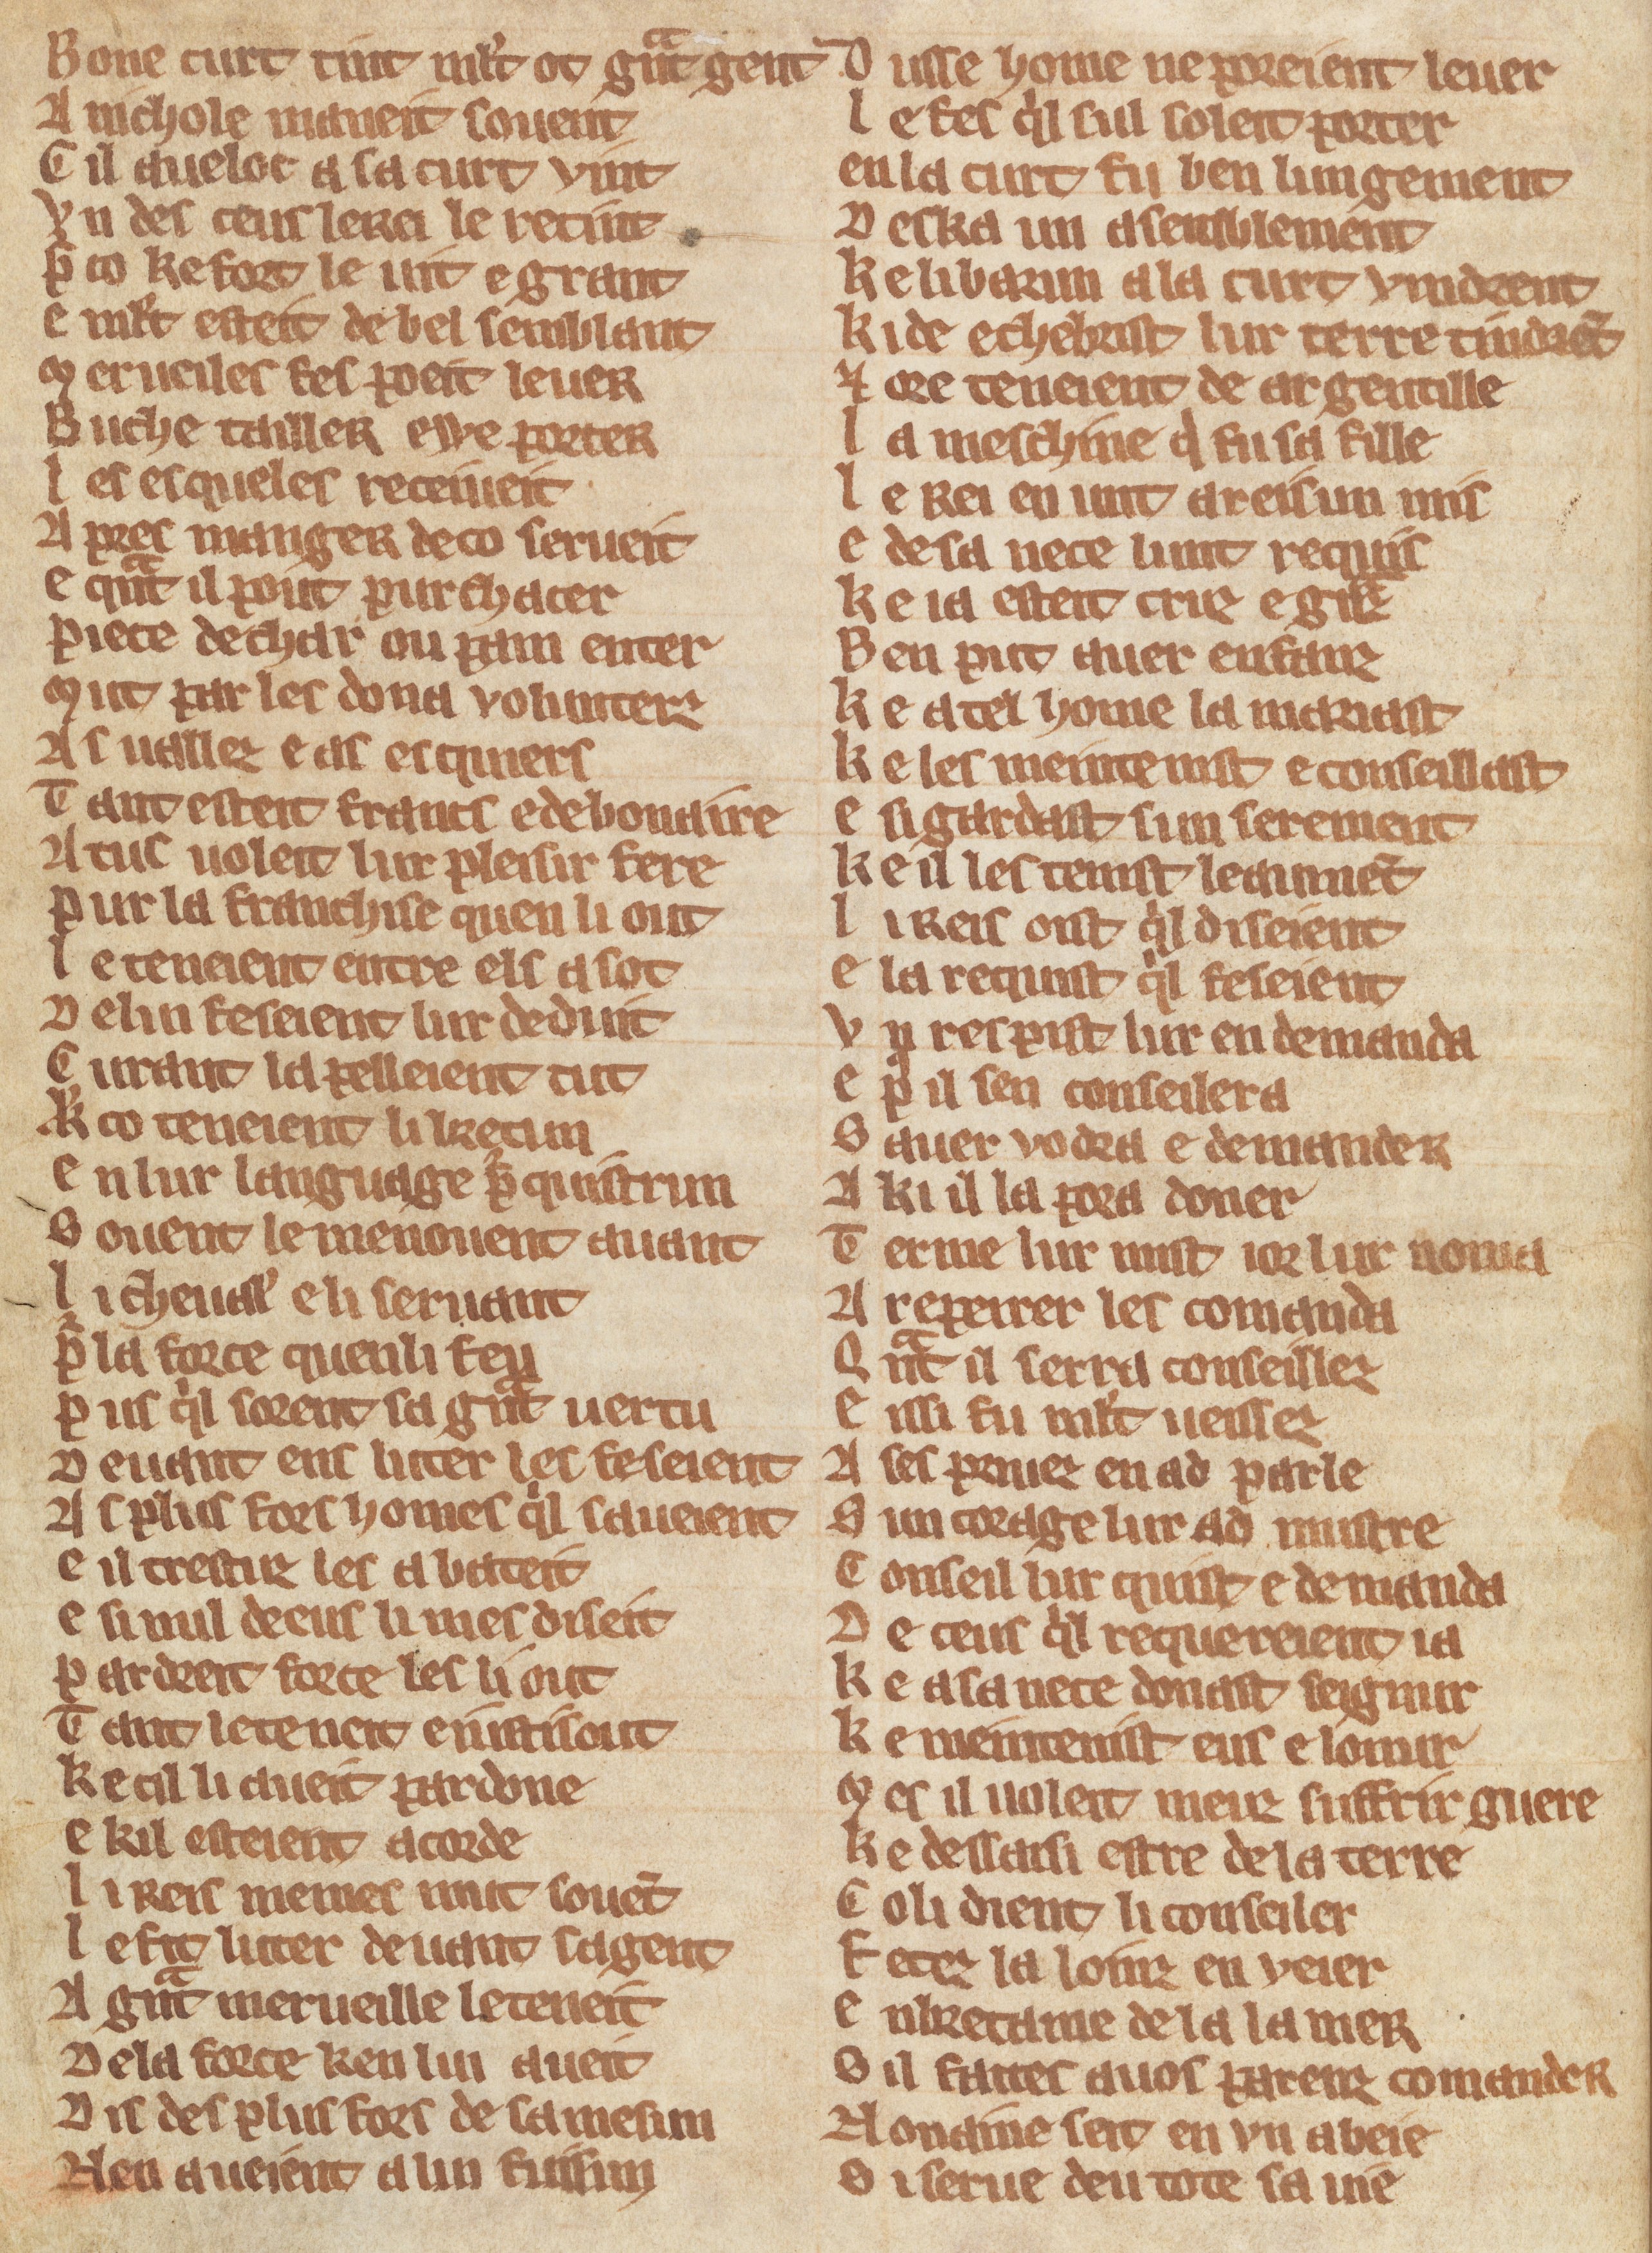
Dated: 1270–1330